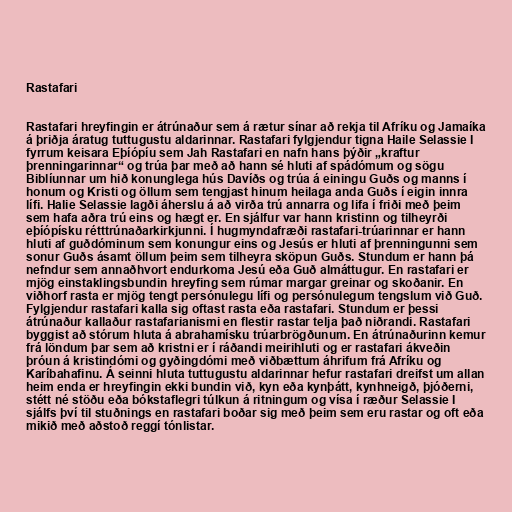
Rastafari

Rastafari hreyfingin er átrúnaður sem á rætur sínar að rekja til Afríku og Jamaíka
á þriðja áratug tuttugustu aldarinnar. Rastafari fylgjendur tigna Haile Selassie I
fyrrum keisara Eþíópíu sem Jah Rastafari en nafn hans þýðir „kraftur
þrenningarinnar“ og trúa þar með að hann sé hluti af spádómum og sögu
Biblíunnar um hið konunglega hús Davíðs og trúa á einingu Guðs og manns í
honum og Kristi og öllum sem tengjast hinum heilaga anda Guðs í eigin innra
lífi. Halie Selassie lagði áherslu á að virða trú annarra og lifa í friði með þeim
sem hafa aðra trú eins og hægt er. En sjálfur var hann kristinn og tilheyrði
eþíópísku rétttrúnaðarkirkjunni. Í hugmyndafræði rastafari-trúarinnar er hann
hluti af guðdóminum sem konungur eins og Jesús er hluti af þrenningunni sem
sonur Guðs ásamt öllum þeim sem tilheyra sköpun Guðs. Stundum er hann þá
nefndur sem annaðhvort endurkoma Jesú eða Guð almáttugur. En rastafari er
mjög einstaklingsbundin hreyfing sem rúmar margar greinar og skoðanir. En
viðhorf rasta er mjög tengt persónulegu lífi og persónulegum tengslum við Guð.
Fylgjendur rastafari kalla sig oftast rasta eða rastafari. Stundum er þessi
átrúnaður kallaður rastafarianismi en flestir rastar telja það niðrandi. Rastafari
byggist að stórum hluta á abrahamísku trúarbrögðunum. En átrúnaðurinn kemur
frá löndum þar sem að kristni er í ráðandi meirihluti og er rastafari ákveðin
þróun á kristindómi og gyðingdómi með viðbættum áhrifum frá Afríku og
Karíbahafinu. Á seinni hluta tuttugustu aldarinnar hefur rastafari dreifst um allan
heim enda er hreyfingin ekki bundin við, kyn eða kynþátt, kynhneigð, þjóðerni,
stétt né stöðu eða bókstaflegri túlkun á ritningum og vísa í ræður Selassie I
sjálfs því til stuðnings en rastafari boðar sig með þeim sem eru rastar og oft eða
mikið með aðstoð reggí tónlistar.